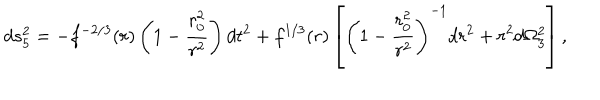
d s _ { 5 } ^ { 2 } = - f ^ { - 2 / 3 } ( r ) \left( 1 - { \frac { r _ { 0 } ^ { 2 } } { r ^ { 2 } } } \right) d t ^ { 2 } + f ^ { 1 / 3 } ( r ) \left[ \left( 1 - { \frac { r _ { 0 } ^ { 2 } } { r ^ { 2 } } } \right) ^ { - 1 } d r ^ { 2 } + r ^ { 2 } d \Omega _ { 3 } ^ { 2 } \right] ,